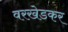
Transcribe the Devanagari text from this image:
वरखेडकर